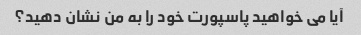
آیا می خواهید پاسپورت خود را به من نشان دهید؟